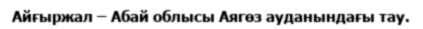
Айғыржал – Абай облысы Аягөз ауданындағы тау.